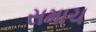
સમાચ